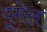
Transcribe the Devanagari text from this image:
यूमेल